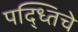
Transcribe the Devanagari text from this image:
पद्ध्तिचे